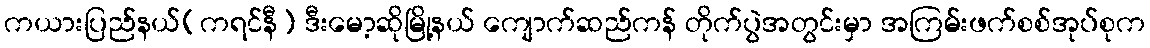
ကယားပြည်နယ်(ကရင်နီ) ဒီးမော့ဆိုမြို့နယ် ကျောက်ဆည်ကန် တိုက်ပွဲအတွင်းမှာ အကြမ်းဖက်စစ်အုပ်စုက